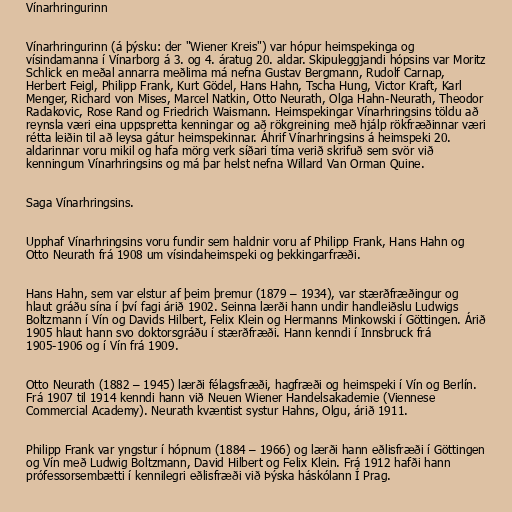
Vínarhringurinn

Vínarhringurinn (á þýsku: der "Wiener Kreis") var hópur heimspekinga og
vísindamanna í Vínarborg á 3. og 4. áratug 20. aldar. Skipuleggjandi hópsins var Moritz
Schlick en meðal annarra meðlima má nefna Gustav Bergmann, Rudolf Carnap,
Herbert Feigl, Philipp Frank, Kurt Gödel, Hans Hahn, Tscha Hung, Victor Kraft, Karl
Menger, Richard von Mises, Marcel Natkin, Otto Neurath, Olga Hahn-Neurath, Theodor
Radakovic, Rose Rand og Friedrich Waismann. Heimspekingar Vínarhringsins töldu að
reynsla væri eina uppspretta kenningar og að rökgreining með hjálp rökfræðinnar væri
rétta leiðin til að leysa gátur heimspekinnar. Áhrif Vínarhringsins á heimspeki 20.
aldarinnar voru mikil og hafa mörg verk síðari tíma verið skrifuð sem svör við
kenningum Vínarhringsins og má þar helst nefna Willard Van Orman Quine.

Saga Vínarhringsins.

Upphaf Vínarhringsins voru fundir sem haldnir voru af Philipp Frank, Hans Hahn og
Otto Neurath frá 1908 um vísindaheimspeki og þekkingarfræði.

Hans Hahn, sem var elstur af þeim þremur (1879 – 1934), var stærðfræðingur og
hlaut gráðu sína í því fagi árið 1902. Seinna lærði hann undir handleiðslu Ludwigs
Boltzmann í Vín og Davids Hilbert, Felix Klein og Hermanns Minkowski í Göttingen. Árið
1905 hlaut hann svo doktorsgráðu í stærðfræði. Hann kenndi í Innsbruck frá
1905-1906 og í Vín frá 1909.

Otto Neurath (1882 – 1945) lærði félagsfræði, hagfræði og heimspeki í Vín og Berlín.
Frá 1907 til 1914 kenndi hann við Neuen Wiener Handelsakademie (Viennese
Commercial Academy). Neurath kvæntist systur Hahns, Olgu, árið 1911.

Philipp Frank var yngstur í hópnum (1884 – 1966) og lærði hann eðlisfræði í Göttingen
og Vín með Ludwig Boltzmann, David Hilbert og Felix Klein. Frá 1912 hafði hann
prófessorsembætti í kennilegri eðlisfræði við Þýska háskólann Í Prag.